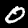
Label: 0